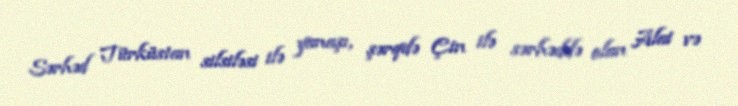
Sərhəd Türküstan silsiləsi ilə yanaşı, şərqdə Çin ilə sərhəddə olan Alai və